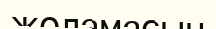
жоламасын